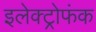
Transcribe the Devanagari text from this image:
इलेक्ट्रोफंक